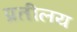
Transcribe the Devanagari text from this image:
प्रतीलय